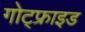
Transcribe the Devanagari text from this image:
गोट्फ्राइड